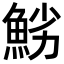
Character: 𩷈